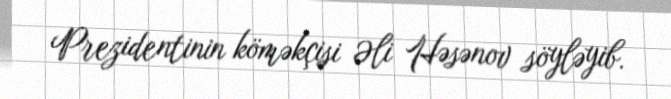
Prezidentinin köməkçisi Əli Həsənov söyləyib.